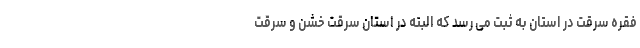
فقره سرقت در استان به ثبت می رسد که البته در استان سرقت خشن و سرقت